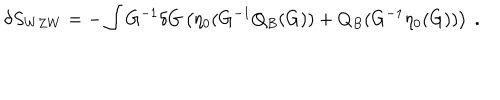
LaTeX: \delta S _ { W Z W } = - \int G ^ { - 1 } \delta G \left( \eta _ { 0 } ( G ^ { - 1 } Q _ { B } ( G ) ) + Q _ { B } ( G ^ { - 1 } \eta _ { 0 } ( G ) ) \right) \ .